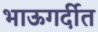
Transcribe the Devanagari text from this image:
भाऊगर्दीत